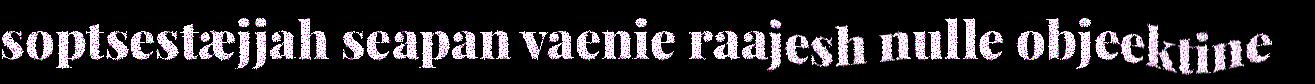
soptsestæjjah seapan vaenie raajesh nulle objeektine